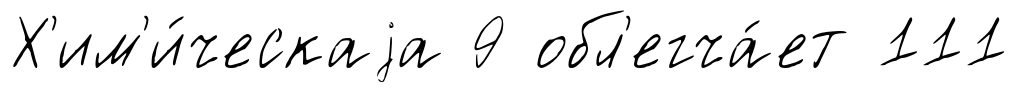
Х'им'и́ческаjа 9 обл'егча́ет 111